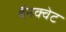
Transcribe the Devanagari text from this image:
बॅनक्वेट